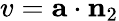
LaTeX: v=\mathbf{a}\cdot\mathbf{n}_{2}